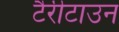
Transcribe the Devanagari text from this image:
टैरीटाउन